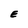
Character: E